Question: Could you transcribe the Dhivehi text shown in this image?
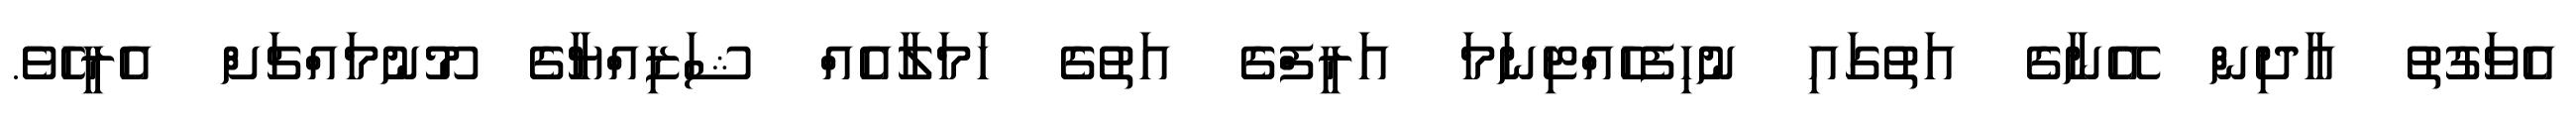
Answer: އެވަގުތު އާދިން އޭނާގެ އަތުގައި ނުހިފެހެއްޓިނަމަ އަރީފްގެ އަތުގެ ހަމަލާއެއް ޝަޒިއްޔާގެ މޫނުމައްޗަށް އެރީހެވެ.